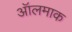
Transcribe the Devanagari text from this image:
ऑलमाक